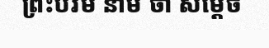
ព្រះបរម នាម ថា សម្តេច